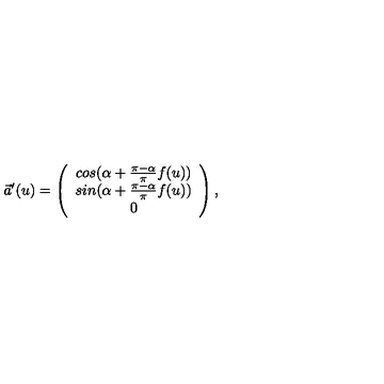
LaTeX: \vec { a } ^ { \prime } ( u ) = \left( \begin{array} { c } { c o s ( \alpha + \frac { \pi - \alpha } { \pi } f ( u ) ) } \\ { s i n ( \alpha + \frac { \pi - \alpha } { \pi } f ( u ) ) } \\ { 0 } \\ \end{array} \right) ,